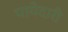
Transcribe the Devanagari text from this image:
पायेदारी